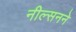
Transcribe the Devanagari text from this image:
नील्सनने